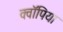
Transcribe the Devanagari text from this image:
क्वॉपिया